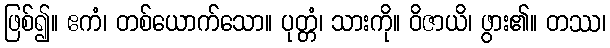
ဖြစ်၍။ ဧကံ၊ တစ်ယောက်သော။ ပုတ္တံ၊ သားကို။ ဝိဇာယိ၊ ဖွား၏။ တဿ၊